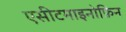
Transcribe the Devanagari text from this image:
एसीटमाइनोफ़िन